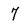
Character: 7